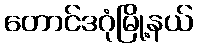
တောင်ဒဂုံမြို့နယ်